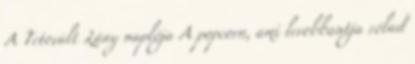
A Tetovált Lány naplója A popcorn, ami lerobbantja rólad